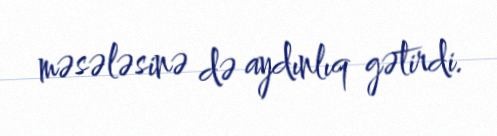
məsələsinə də aydınlıq gətirdi.